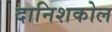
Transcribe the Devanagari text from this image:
दानिशकोल